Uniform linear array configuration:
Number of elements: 8
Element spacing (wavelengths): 0.5
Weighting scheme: hamming
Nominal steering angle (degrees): -15
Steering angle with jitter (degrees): -14.172
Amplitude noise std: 0.05
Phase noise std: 0.05

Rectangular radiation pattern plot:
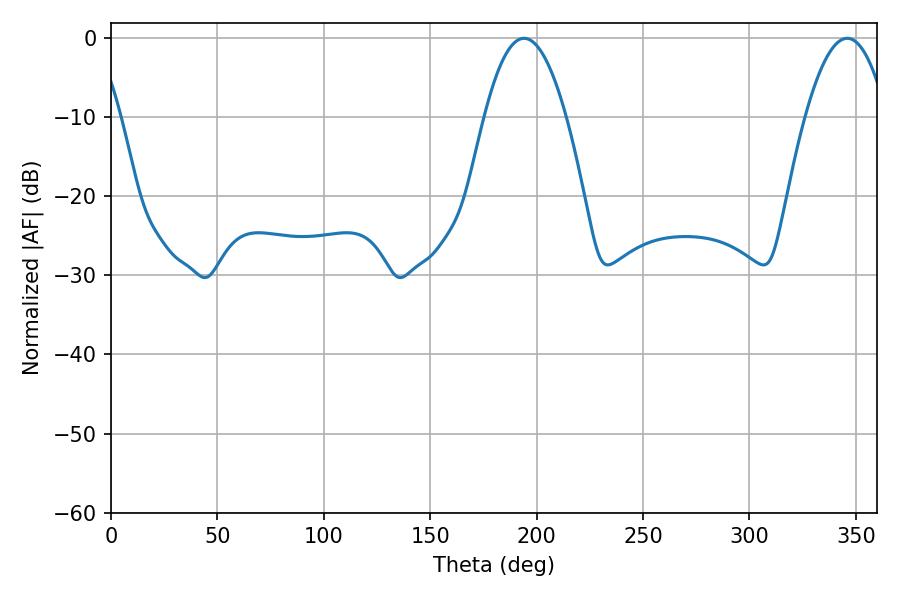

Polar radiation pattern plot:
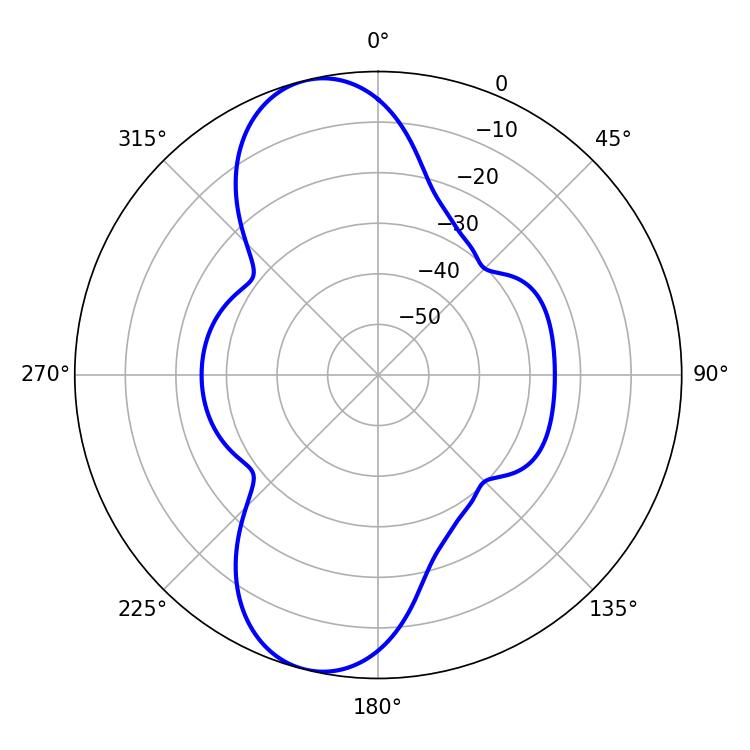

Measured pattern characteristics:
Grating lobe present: FALSE
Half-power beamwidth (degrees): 21.06
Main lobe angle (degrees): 194.04